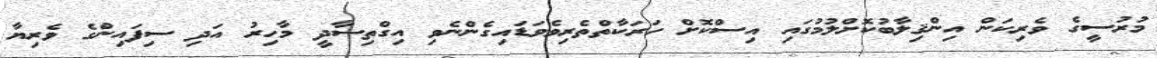
މުރުސީގެ ވެރިކަން އިންޤިލާބުކޮށްލުމުގައި އިސްކޮށް ހަރަކާތްތެރިވެވަޑައިގެންނެވި އިގްތިސާދީ މާހިރު އަދި ސިފައިންގެ ވެރިޔާ